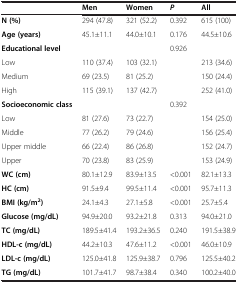
<table><thead><tr><td><b> </b></td><td><b>Men</b></td><td><b>Women</b></td><td><b><i>P</i></b></td><td><b>All</b></td></tr></thead><tbody><tr><td><b>N (%)</b></td><td>294 (47.8)</td><td>321 (52.2)</td><td>0.392</td><td>615 (100)</td></tr><tr><td><b>Age (years)</b></td><td>45.1±11.1</td><td>44.0±10.1</td><td>0.176</td><td>44.5±10.6</td></tr><tr><td><b>Educational level</b></td><td> </td><td> </td><td>0.926</td><td> </td></tr><tr><td>Low</td><td>110 (37.4)</td><td>103 (32.1)</td><td> </td><td>213 (34.6)</td></tr><tr><td>Medium</td><td>69 (23.5)</td><td>81 (25.2)</td><td> </td><td>150 (24.4)</td></tr><tr><td>High</td><td>115 (39.1)</td><td>137 (42.7)</td><td> </td><td>252 (41.0)</td></tr><tr><td><b>Socioeconomic class</b></td><td> </td><td> </td><td>0.392</td><td> </td></tr><tr><td>Low</td><td>81 (27.6)</td><td>73 (22.7)</td><td> </td><td>154 (25.0)</td></tr><tr><td>Middle</td><td>77 (26.2)</td><td>79 (24.6)</td><td> </td><td>156 (25.4)</td></tr><tr><td>Upper middle</td><td>66 (22.4)</td><td>86 (26.8)</td><td> </td><td>152 (24.7)</td></tr><tr><td>Upper</td><td>70 (23.8)</td><td>83 (25.9)</td><td> </td><td>153 (24.9)</td></tr><tr><td><b>WC (cm)</b></td><td>80.1±12.9</td><td>83.9±13.5</td><td>&lt;0.001</td><td>82.1±13.3</td></tr><tr><td><b>HC (cm)</b></td><td>91.5±9.4</td><td>99.5±11.4</td><td>&lt;0.001</td><td>95.7±11.3</td></tr><tr><td><b>BMI (kg/m</b><sup><b>2</b></sup><b>)</b></td><td>24.1±4.3</td><td>27.1±5.8</td><td>&lt;0.001</td><td>25.7±5.4</td></tr><tr><td><b>Glucose (mg/dL)</b></td><td>94.9±20.0</td><td>93.2±21.8</td><td>0.313</td><td>94.0±21.0</td></tr><tr><td><b>TC (mg/dL)</b></td><td>189.5±41.4</td><td>193.2±36.5</td><td>0.240</td><td>191.5±38.9</td></tr><tr><td><b>HDL-c (mg/dL)</b></td><td>44.2±10.3</td><td>47.6±11.2</td><td>&lt;0.001</td><td>46.0±10.9</td></tr><tr><td><b>LDL-c (mg/dL)</b></td><td>125.0±41.8</td><td>125.9±38.7</td><td>0.796</td><td>125.5±40.2</td></tr><tr><td><b>TG (mg/dL)</b></td><td>101.7±41.7</td><td>98.7±38.4</td><td>0.340</td><td>100.2±40.0</td></tr></tbody></table>